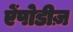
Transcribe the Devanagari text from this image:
ऐंपोडीज़